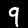
Label: 9